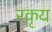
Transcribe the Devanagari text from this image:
रकृय